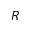
R